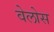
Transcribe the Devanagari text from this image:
वेलोस